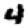
Digit: 4